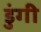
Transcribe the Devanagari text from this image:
डुंगी